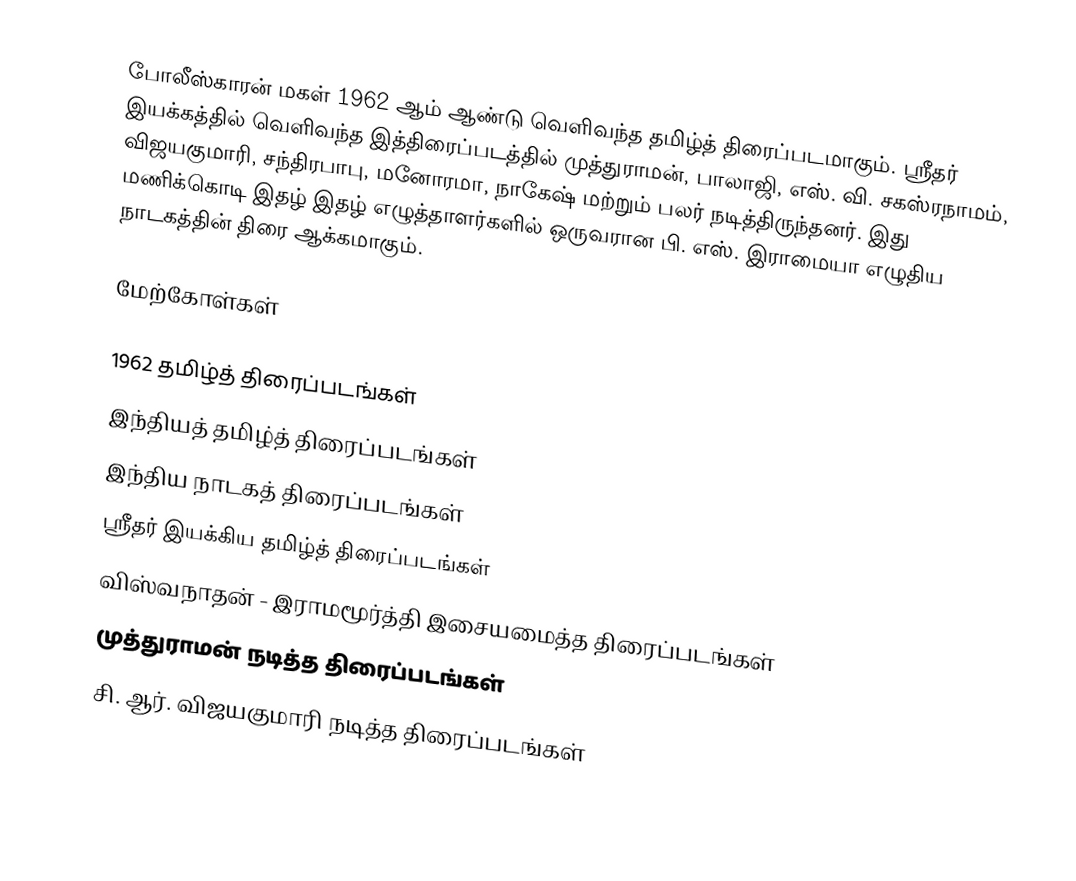
போலீஸ்காரன் மகள் 1962 ஆம் ஆண்டு வெளிவந்த தமிழ்த் திரைப்படமாகும். ஸ்ரீதர் இயக்கத்தில் வெளிவந்த இத்திரைப்படத்தில் முத்துராமன், பாலாஜி, எஸ். வி. சகஸ்ரநாமம், விஜயகுமாரி, சந்திரபாபு, மனோரமா, நாகேஷ் மற்றும் பலர் நடித்திருந்தனர். இது மணிக்கொடி இதழ் இதழ் எழுத்தாளர்களில் ஒருவரான பி. எஸ். இராமையா எழுதிய நாடகத்தின் திரை ஆக்கமாகும்.

மேற்கோள்கள்

1962 தமிழ்த் திரைப்படங்கள்
இந்தியத் தமிழ்த் திரைப்படங்கள்
இந்திய நாடகத் திரைப்படங்கள்
ஸ்ரீதர் இயக்கிய தமிழ்த் திரைப்படங்கள்
விஸ்வநாதன் - இராமமூர்த்தி இசையமைத்த திரைப்படங்கள்
முத்துராமன் நடித்த திரைப்படங்கள்
சி. ஆர். விஜயகுமாரி நடித்த திரைப்படங்கள்